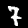
Digit: 7